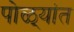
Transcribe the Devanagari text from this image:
पोळ्यांत